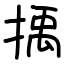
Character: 𢯺